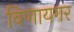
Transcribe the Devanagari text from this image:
विणायगर